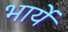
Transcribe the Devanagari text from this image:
भार्ये